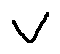
v